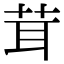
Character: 茸